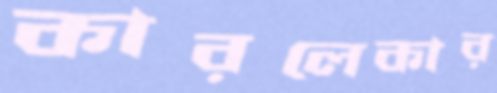
কারলেকার